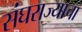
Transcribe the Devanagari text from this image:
संघराज्याचा